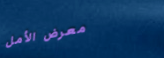
معرض الأمل